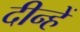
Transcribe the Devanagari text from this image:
दीन्‍हें